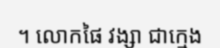
។ លោកផៃ វង្សា ជាក្មេង